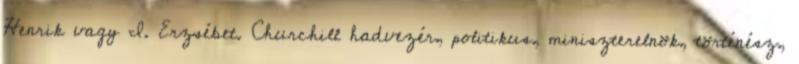
Henrik vagy I. Erzsébet. Churchill hadvezér, politikus, miniszterelnök, történész,